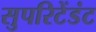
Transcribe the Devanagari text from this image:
सुपरिटेंडंट